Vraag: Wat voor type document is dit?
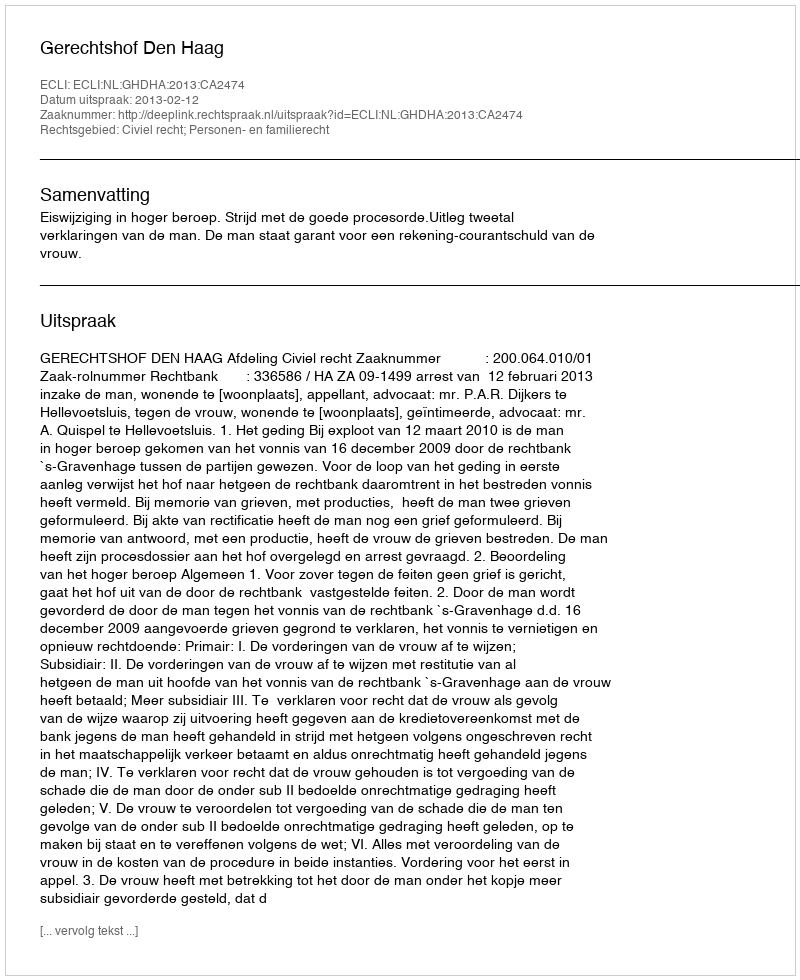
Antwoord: Uitspraak